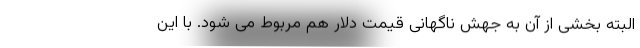
البته بخشی از آن به جهش ناگهانی قیمت دلار هم مربوط می شود. با این